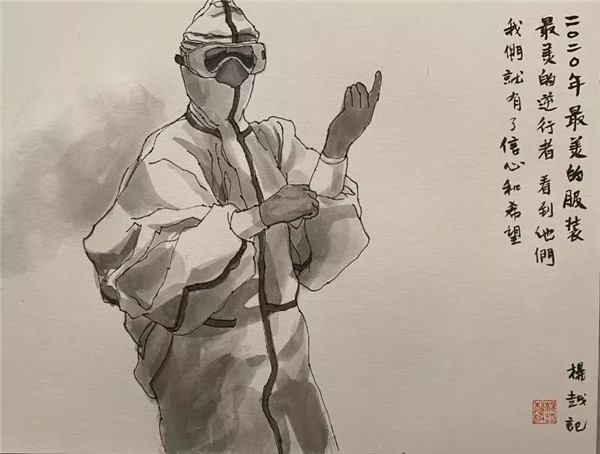
枉己者，未有能直人者也。